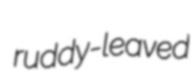
ruddy-leaved